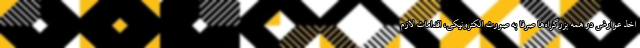
اخذ عوارض در همه بزرگراه‌ها صرفا به صورت الکترونیکی، اقدامات لازم